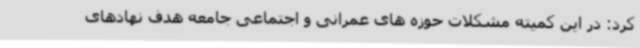
کرد: در این کمیته مشکلات حوزه های عمرانی و اجتماعی جامعه هدف نهادهای